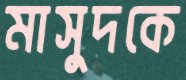
মাসুদকে